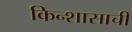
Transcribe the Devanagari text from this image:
किन्शासाची